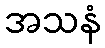
အသနံ